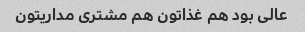
عالی بود هم غذاتون هم مشتری مداریتون